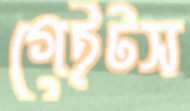
গেইটস